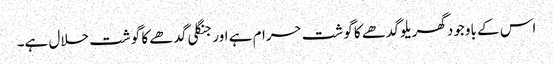
اس کے باوجود گھریلو گدھے کا گوشت حرام ہے اور جنگلی گدھے کا گوشت حلال ہے۔